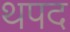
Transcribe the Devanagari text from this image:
थपद